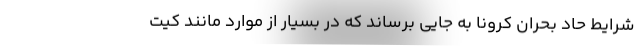
شرایط حاد بحران کرونا به جایی برساند که در بسیار از موارد مانند کیت